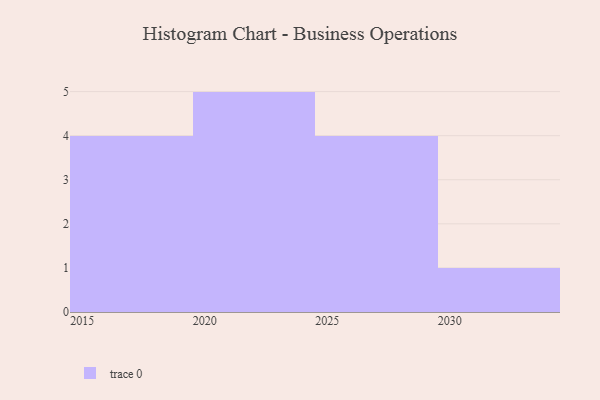
{"axis": {"x": "Year", "y": "Customer Acquisition Cost (USD)"}, "legend": [""], "data": [{"x": "2020", "y": 29, "type": ""}, {"x": "2026", "y": 87, "type": ""}, {"x": "2017", "y": 8, "type": ""}, {"x": "2022", "y": 86, "type": ""}, {"x": "2019", "y": 80, "type": ""}, {"x": "2021", "y": 32, "type": ""}, {"x": "2024", "y": 98, "type": ""}, {"x": "2029", "y": 66, "type": ""}, {"x": "2023", "y": 52, "type": ""}, {"x": "2030", "y": 31, "type": ""}, {"x": "2016", "y": 92, "type": ""}, {"x": "2018", "y": 19, "type": ""}, {"x": "2027", "y": 28, "type": ""}, {"x": "2028", "y": 48, "type": ""}]}